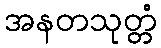
အနတသုတ္တံ